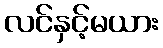
လင်နှင့်မယား